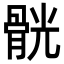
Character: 䯑